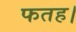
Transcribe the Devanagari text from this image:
फतह।